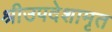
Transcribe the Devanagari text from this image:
श्रीउपदेशामृत